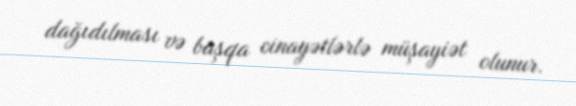
dağıdılması və başqa cinayətlərlə müşayiət olunur.